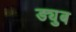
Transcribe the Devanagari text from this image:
ड्युब